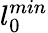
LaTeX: l_{0}^{min}